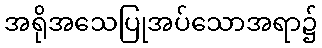
အရိုအသေပြုအပ်သောအရာ၌